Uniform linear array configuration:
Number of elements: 24
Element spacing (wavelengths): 0.25
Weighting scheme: cosine
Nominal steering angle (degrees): -45
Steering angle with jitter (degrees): -43.837
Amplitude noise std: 0.05
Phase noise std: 0.05

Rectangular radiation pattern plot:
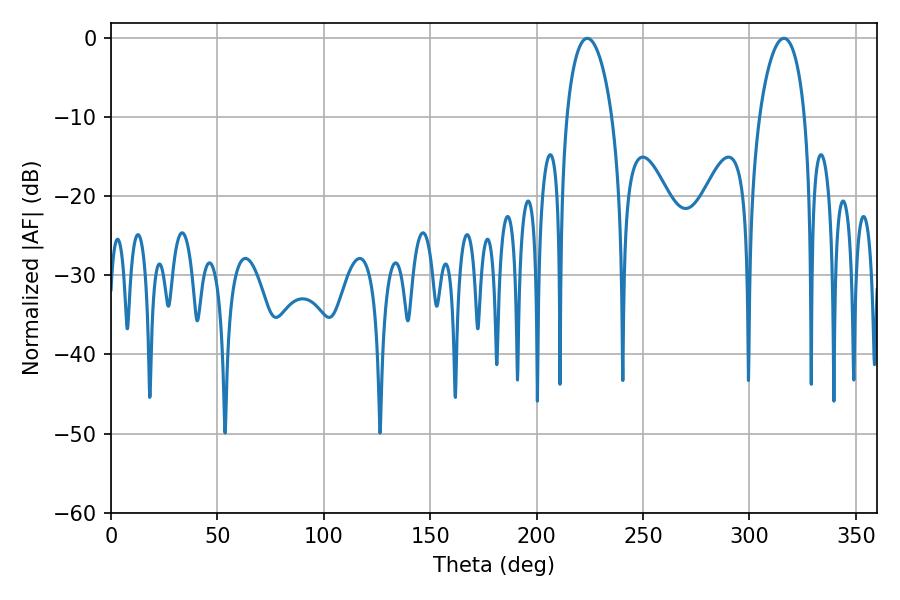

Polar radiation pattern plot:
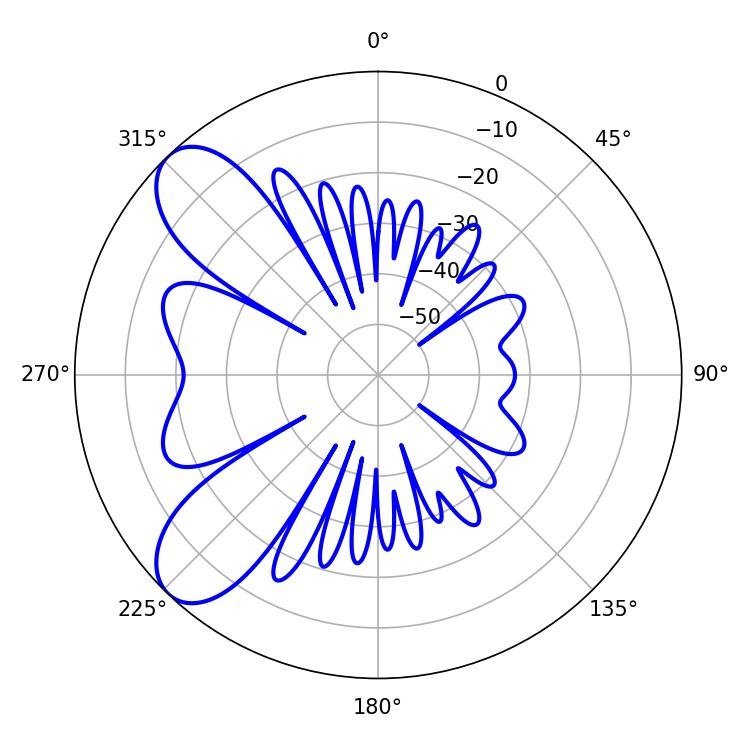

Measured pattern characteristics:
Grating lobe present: FALSE
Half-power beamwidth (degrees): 12.24
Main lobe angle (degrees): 223.74